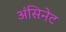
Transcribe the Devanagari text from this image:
अंसिनेट